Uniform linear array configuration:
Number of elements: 24
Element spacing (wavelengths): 0.75
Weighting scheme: uniform
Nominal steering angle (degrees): -45
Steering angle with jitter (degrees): -45.157
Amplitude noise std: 0.05
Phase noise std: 0.05

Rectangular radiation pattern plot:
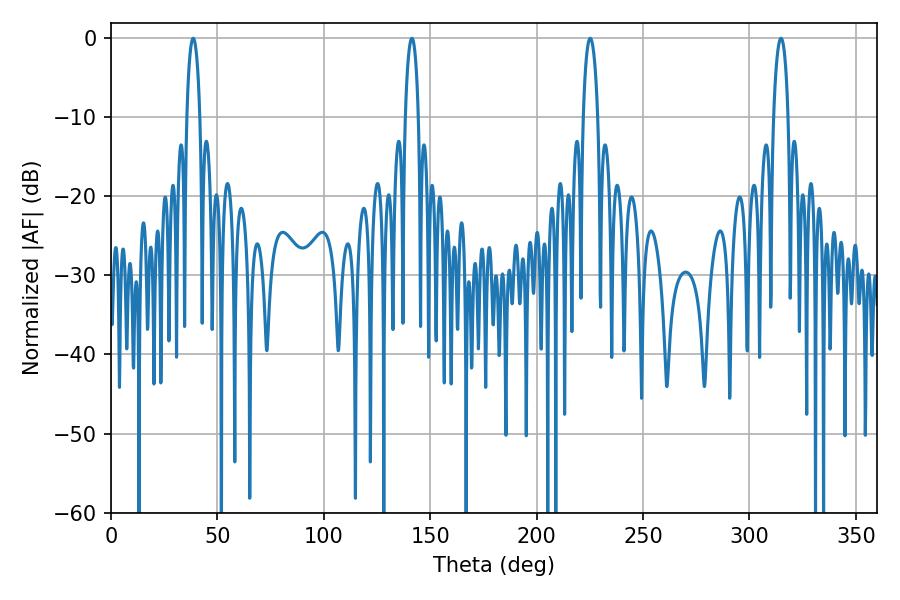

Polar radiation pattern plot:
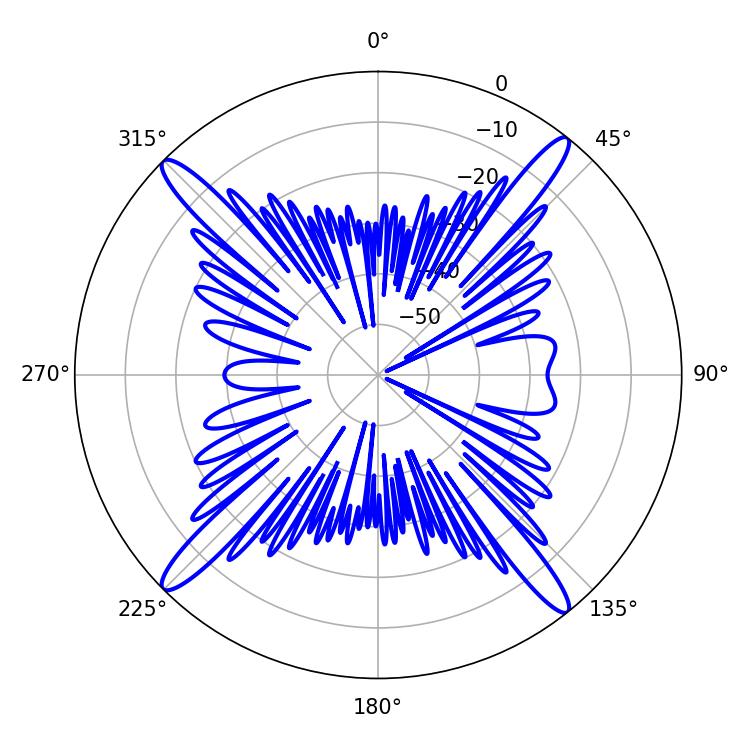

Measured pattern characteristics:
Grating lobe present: TRUE
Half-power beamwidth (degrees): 3.96
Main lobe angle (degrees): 225.18